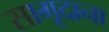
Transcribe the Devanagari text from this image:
सागूदाना